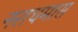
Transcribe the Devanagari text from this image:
नराधमास